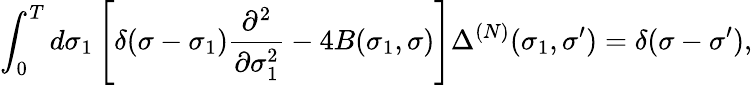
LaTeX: \int_{0}^{T}d\sigma_{1}\left[\delta(\sigma-\sigma_{1})\frac{\partial^{2}}{\partial\sigma_{1}^{2}}-4B(\sigma_{1},\sigma)\right]\Delta^{(N)}(\sigma_{1},\sigma^{\prime})=\delta(\sigma-\sigma^{\prime}),